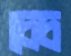
চেচ